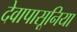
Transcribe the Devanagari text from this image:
देवापासूनिया